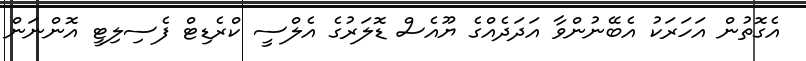
އެގޮތުން އަހަރަކު އެބޭނުންވާ އަދަދެއްގެ ޔޫއެސް ޑޮލަރުގެ އެލްސީ ކްރެޑިޓް ފެސިލިޓީ އޮންނަން